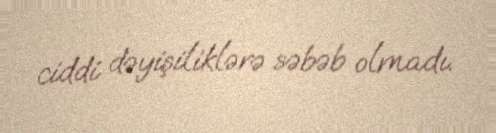
ciddi dəyişiliklərə səbəb olmadı.